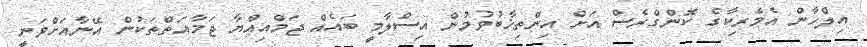
އިލްހާން އެމެރިކާގެ ކޮންގްރެސް އަށް އިންތިޚާބުވުމުން އިސްލާމީ ބައެއް ޖަމްއިއްޔާ ޖަމާއަތްތަކުން އޭނާއަށްވަނީ